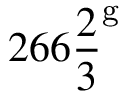
2 6 6 { \frac { 2 } { 3 } } ^ { \mathrm { g } }